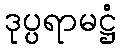
ဒုပ္ပရာမဋ္ဌံ